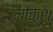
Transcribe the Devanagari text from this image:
मोक्श